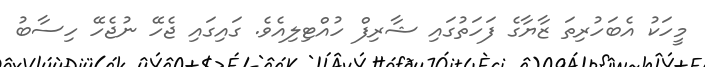
މީހަކު އެބަހުރިތަ ޒާޔާގެ ފަހަތުގައި ޝާރިފް ހުއްޓިލިއެވެ. ގައިގައި ޖެހޭ ނުޖެހޭ ހިސާބު